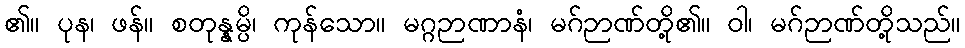
၏။ ပုန၊ ဖန်။ စတုန္နမ္ပိ၊ ကုန်သော။ မဂ္ဂဉာဏာနံ၊ မဂ်ဉာဏ်တို့၏။ ဝါ၊ မဂ်ဉာဏ်တို့သည်။